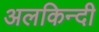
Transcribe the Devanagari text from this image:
अलकिन्दी